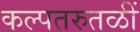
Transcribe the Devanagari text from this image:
कल्पतरुतळीं